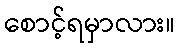
စောင့်ရမှာလား။